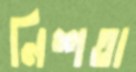
নিশতা